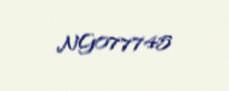
NG077745